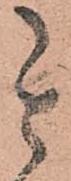
其